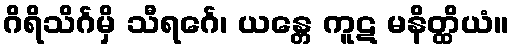
ဂိရိသိင်္ဂမှိ သီရင်္ဂေ၊ ယန္တေ ကူဋ မနိတ္ထိယံ။